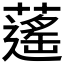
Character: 𦾾